Report on horse surra - Volume I
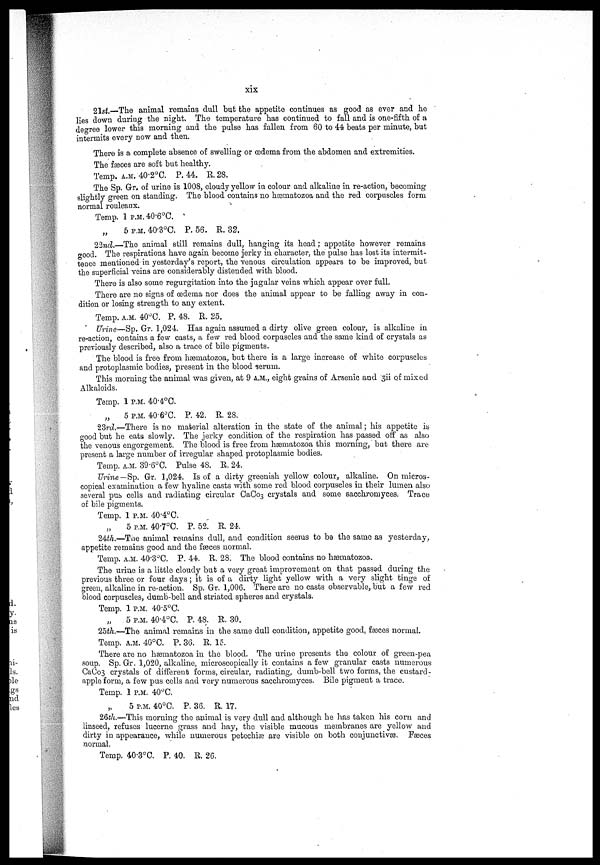
xix
21st.—The animal remains dull but the appetite continues as good as ever and he
lies down during the night. The temperature has continued to fall and is one-fifth of a
degree lower this morning and the pulse has fallen from 60 to 44 beats per minute, but
intermits every now and then.
There is a complete absence of swelling or œdema from the abdomen and extremities.
The fasces are soft but healthy.
Temp. A.M. 40.2°C. P. 44. R. 28.
The Sp. Gr. of urine is 1008, cloudy yellow in colour and alkaline in re-action, becoming
slightly green on standing. The blood contains no hæmatozoa and the red corpuscles form
normal rouleaux.
Temp. 1 P.M. 40.6°C.
5 P.M. 40.3°C. P. 56. R. 32.
22nd.—The animal still remains dull, hanging its head ; appetite however remains
good. The respirations have again become jerky in character, the pulse has lost its intermit-
tence mentioned in yesterday's report, the venous circulation appears to be improved, but
the superficial veins are considerably distended with blood.
There is also some regurgitation into the jugular veins which appear over full.
There are no signs of œdema nor does the animal appear to be falling away in con-
dition or losing strength to any extent.
Temp. A.M. 40°C. P. 48. R. 25.
Urine—Sp. Gr. 1,024. Has again assumed a dirty olive green colour, is alkaline in
re-action, contains a few casts, a few red blood corpuscles and the same kind of crystals as
previously described, also a trace of bile pigments.
The blood is free from hæmatozoa, but there is a large increase of white corpuscles
and protoplasmic bodies, present in the blood serum.
This morning the animal was given, at 9 A.M., eight grains of Arsenic and 3ii of mixed
Alkaloids.
Temp. 1 P.M. 40.4°C.
„
5 P.M. 40.6°C. P. 42. R. 28.
23rd.—There is no material alteration in the state of the animal ; his appetite is
good but he eats slowly. The jerky condition of the respiration has passed off as also
the venous engorgement. The blood is free from hæmatozoa this morning, but there are
present a large number of irregular shaped protoplasmic bodies.
Temp. A.M. 39.6°C. Pulse 48. R. 24.
Urine — Sp. Gr. 1,024. Is of a dirty greenish yellow colour, alkaline. On micros-
copical examination a few hyaline casts with some red blood corpuscles in their lumen also
several pus cells and radiating circular CaCo 3 crystals and some sacchromyces. Trace
of bile pigments.
Temp. 1 P.M. 40.4°C.
5 P.M. 40.7°C. P. 52. R. 24.
24th.—The animal remains dull, and condition seems to be the same as yesterday,
appetite remains good and the fasces normal.
Temp. A.M. 40.3°C. P. 44. R. 28. The blood contains no hæmatozoa.
The urine is a little cloudy but a very great improvement on that passed during the
previous three or four days ; it is of a dirty light yellow with a very slight tinge of
green, alkaline in re-action. Sp. Gr. 1,006. There are no casts observable, but a few red
blood corpuscles, dumb-bell and striated spheres and crystals.
Temp. 1P.M. 40.5°C.
„
5 P.M. 40.4°C. P. 48. R. 30.
25th.—The animal remains in the same dull condition, appetite good, fæces normal.
Temp. A.M. 40°C. P. 36. R. 15.
There are no hæmatozoa in the blood. The urine presents the colour of green-pea
soup. Sp. Gr. 1,020, alkaline, microscopically it contains a few granular casts numerous
CaCo 3 crystals of different forms, circular, radiating, dumb-bell two forms, the custard -
apple form, a few pus cells and very numerous sacchromyces. Bile pigment a trace.
Temp. 1 P.M. 40°C.
5 P.M. 40°C. P. 36. R. 17.
26th.—This morning the animal is very dull and although he has taken his corn and
linseed, refuses lucerne grass and hay, the visible mucous membranes are yellow and
dirty in appearance, while numerous petechias are visible on both conjunctivæ. Fasces
normal.
Temp. 40.3°C. P. 40. R. 26.